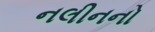
નલીનનો